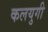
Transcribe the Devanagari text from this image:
कलयुगी